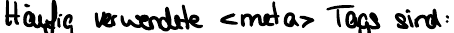
Häufig verwendete <meta> Tags sind: